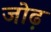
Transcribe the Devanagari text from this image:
जोढ़